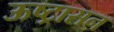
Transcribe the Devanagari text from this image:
ऊष्ट्रासन